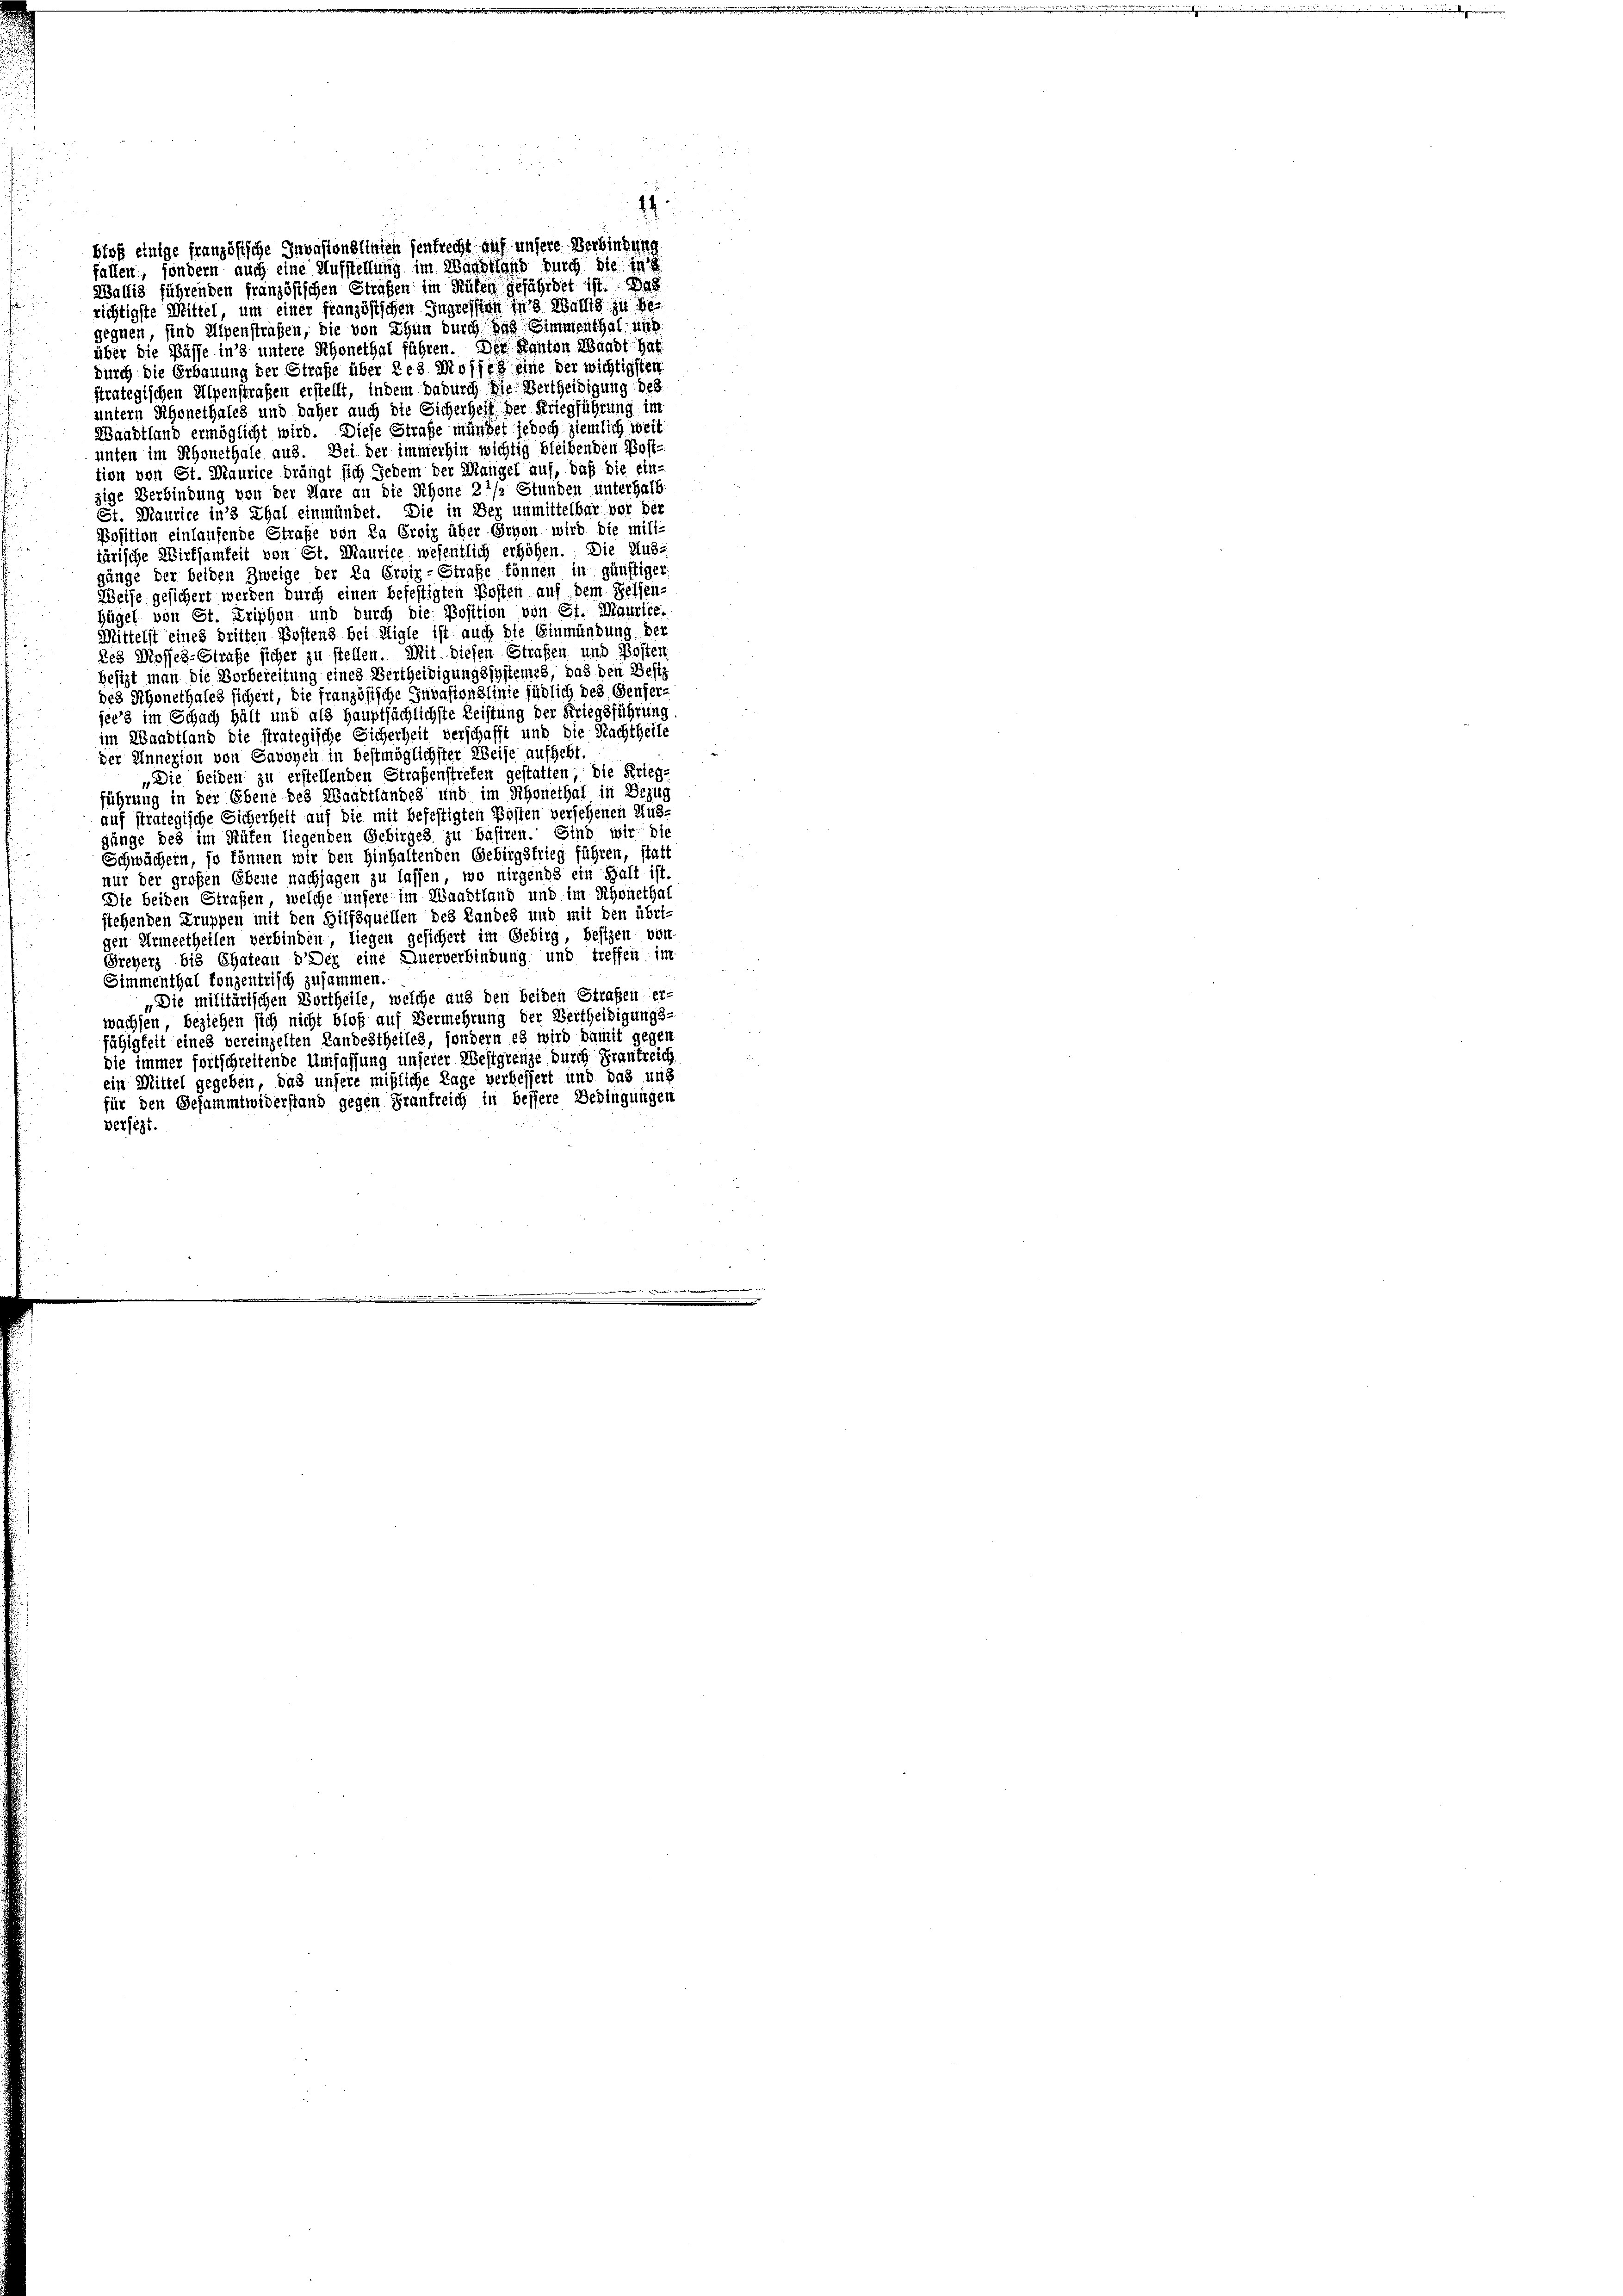
bloß einige französische Invasionslinten senfrecht auf unsere Verbindung
fallen, sondern auch eine Aufstellung im Waadtland durch die in
Wallis führenden französischen Strafen im Hüten gefährdet ist. Das
richtigste Mittel, um einer französischen Ingression in 3 Wallis zu begegnen sind Alpenstrafen, die von Thun durch zog Simmenthal und
über die Pässe in’s untere Schonethal führen. Der Kanton Waadt hat.
durch die Erbauung der Strafe über des Mosses eine der wichtigsten
strategischen Alpenstraßen erstellt, indem dadurch die Vertheidigung des

24

untern Rhonethales und daher auch die Sicherheit der Kriegführung im
Waadtland ermöglicht wird. Diese Strafe mündet jedoch ziemlich weit
unten im Rhonethale aus. Bei der immerhin wichtig bleibenden Post-
tion von St. Maurice drängt sich Jedem der Mangel auf, daß die ein-
zige Verbindung von der Aare an die Schone 2 1/2 Stunden unterhalb
St. Maurice in’s Thal einmündet. Die in der unmittelbar vor der
Position einlaufende Strafe von Da Erotz über Ernen wird die militärische Wirksamkeit von St. Maurice wesentlich erhöhen. Die Aus-
gänge der beiden Zweige der Da Erviz-Strafe können in günstiger
Weise gesichert werden durch einen befestigten Kosten auf dem Felsen-
Hügel von St. Triphon und durch die Position von St. Maurice.
Mittelst eines dritten Postens bei Aigle ist auch die Einmündung der
Res Mossel-Straße sicher zu stellen. Mit diesen Strafen und Posten
Besizt man die Vorbereitung eines Vertheidigungssystemes, das den Besiz
des Schonethales sichert, die französische Invasionslinie südlich des Genfer-
jee’s im Schach hält und als Hauptsächlichste Leistung der Kriegsführung
im Waadtland die strategische Sicherheit verschafft und die Nachtheile
der Annexion von Gavoyen in bestmöglichster Weise aufhebt
„Die beiden zu erstellenden Straßenstreten gestatten die Krieg-
führung in der Ebene des Waadtlandes und im Schonethal in Bezug
auf strategische Sicherheit auf die mit befestigten Posten versehenen Ausjünge des im Rüfen liegenden Gebirges zu basiren. Sind wir die
Schwächern, so können wir den hinhaltenden Gebirgstrieg führen, statt
nur der großen Ebene nachjagen zu lassen, wo nirgends ein Halt ist
Die beiden Strafen, welche unsere im Waadtland und im Rhonethal
stehenden Truppen mit den Hilfsquellen des Landes und mit den übri-
gen Armeetheilen verbinden, liegen gesichert im Gebirg, besizen von
Greyerz bis Chatenu dDer eine Querverbindung und treffen im
Simmenthal konzentrisch zusammen
„Die militärischen Vortheile, welche aus den beiden Straßen er-
wachsen, beziehen sich nicht bloß auf Vermehrung der Bertheidigungs-
fähigkeit eines vereinzelten Landestheiles, sondern es wird damit gegen
die immer fortschreitende Umfassung unserer Westgrenze durch Frankreichs
ein Mittel gegeben, das unsere mißliche Lage verbessert und das und
für den Gesammtwiderstand gegen Frautreich in bessere Bedingungen
versezt.